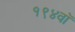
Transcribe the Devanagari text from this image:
१९४वॉ